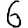
Digit: 6